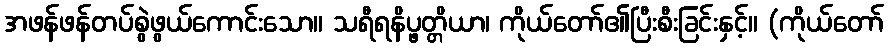
အဖန်ဖန်တပ်စွဲဖွယ်ကောင်းသော။ သရီရနိပ္ဖတ္တိယာ၊ ကိုယ်တော်၏ပြီးစီးခြင်းနှင့်။ (ကိုယ်တော်